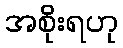
အစိုးရဟု